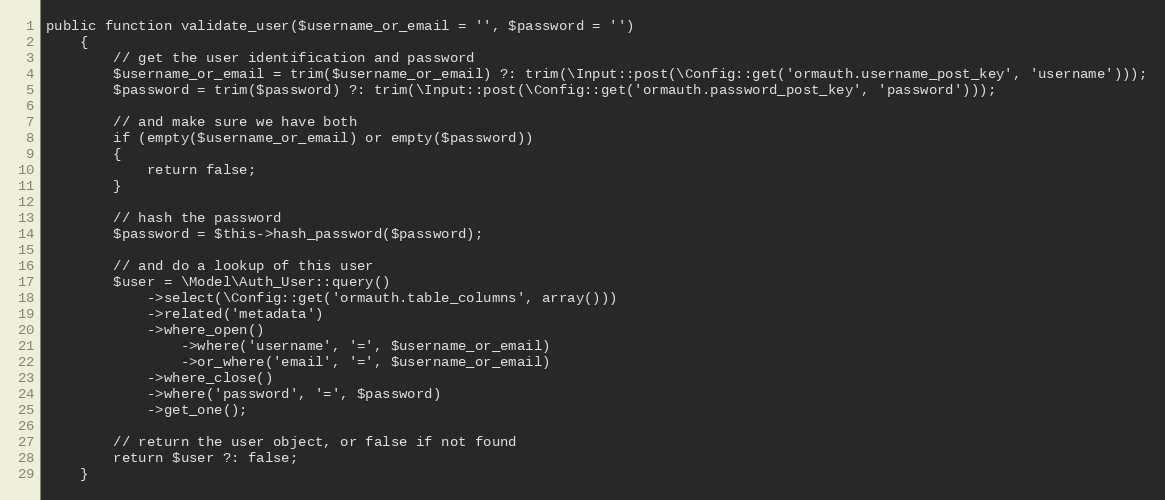
Language: PHP
public function validate_user($username_or_email = '', $password = '')
	{
		// get the user identification and password
		$username_or_email = trim($username_or_email) ?: trim(\Input::post(\Config::get('ormauth.username_post_key', 'username')));
		$password = trim($password) ?: trim(\Input::post(\Config::get('ormauth.password_post_key', 'password')));

		// and make sure we have both
		if (empty($username_or_email) or empty($password))
		{
			return false;
		}

		// hash the password
		$password = $this->hash_password($password);

		// and do a lookup of this user
		$user = \Model\Auth_User::query()
			->select(\Config::get('ormauth.table_columns', array()))
			->related('metadata')
			->where_open()
				->where('username', '=', $username_or_email)
				->or_where('email', '=', $username_or_email)
			->where_close()
			->where('password', '=', $password)
			->get_one();

		// return the user object, or false if not found
		return $user ?: false;
	}